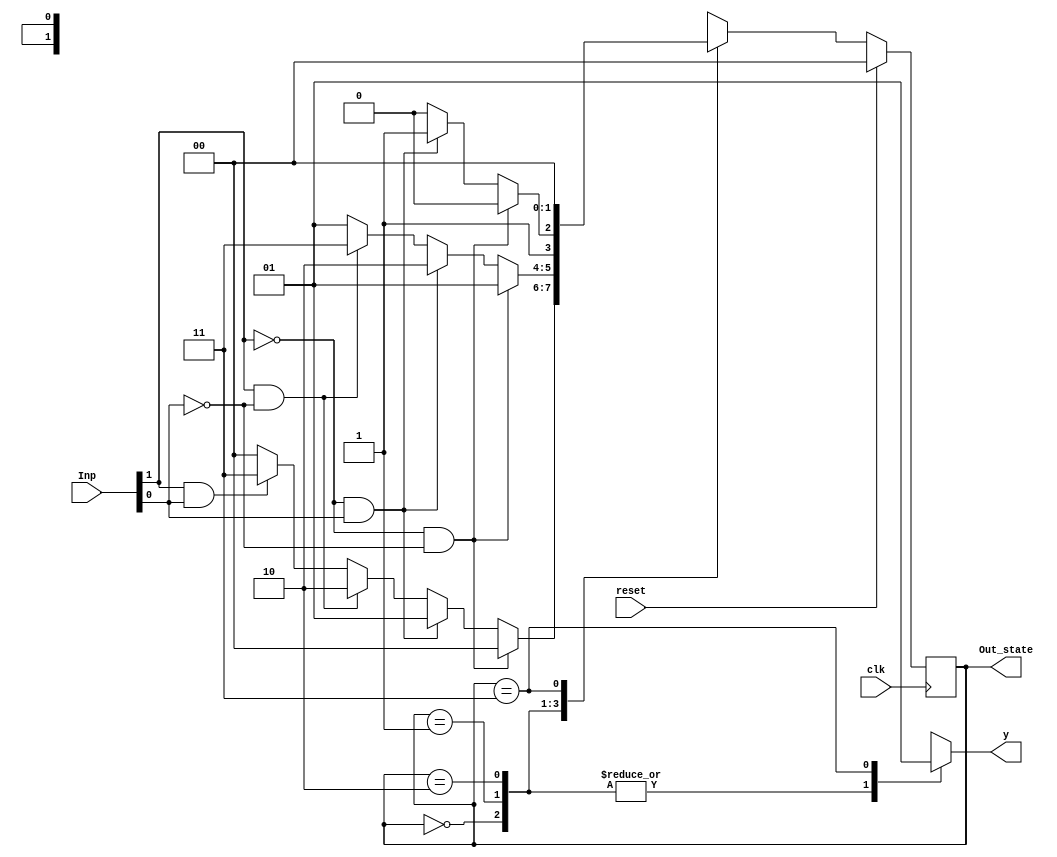
`timescale 1ns / 1ps
//////////////////////////////////////////////////////////////////////////////////
// Company: 
// Engineer: 
// 
// Design Name: 
// Module Name:    MOOREMACHINE 
// Project Name: 
// Target Devices: 
// Tool versions: 
// Description: 
//
// Dependencies: 
//
// Revision: 
// Revision 0.01 - File Created
// Additional Comments: 
//
//////////////////////////////////////////////////////////////////////////////////
module MOOREMACHINE(
	input [1:0] Inp, //Dime Nickel
	input reset,
	input clk,
	output [1:0] Out_state,
	output y
    );
localparam State1 = 0, State2 = 1,
			  State3 = 2, State4 = 3;

reg [1:0] state, nxtState;
reg Out;

always@(posedge clk)
begin
	if (reset) state <= State1;
	else state <= nxtState; //at positive edge it will shift to current state depending on the case
end

always@(*)
begin
	//nxtState = state;
	case (state)
	State1: begin
	if (~Inp[1] & ~Inp[0]) nxtState <= State1;
	else if (~Inp[1] & Inp[0]) nxtState <= State2;
	else if (Inp[1] & ~Inp[0]) nxtState <= State3;
	else if (Inp[1] & Inp[0]) nxtState <= State4;
	else nxtState <= State1; //for don't care case
	end
	
	State2: begin
	if (~Inp[1] & ~Inp[0]) nxtState <= State2;
	else if (~Inp[1] & Inp[0]) nxtState <= State3;
	else if (Inp[1] & ~Inp[0]) nxtState <= State4;
	else nxtState <= State2; //for don't care case
	end
	
	State3: begin
	if (~Inp[1] & ~Inp[0]) nxtState <= State3;
	else if (~Inp[1] & Inp[0]) nxtState <= State4;
	else nxtState <= State3; //for don't care case
	end
	
	State4: begin
	nxtState <= State1;
	end
	default: begin
	end
	endcase
end

always@(*)
begin
Out <= 0;
	case(state)
	State1: Out <= 0;
	State2: Out <= 0;
	State3: Out <= 0;
	State4: Out <= 1;
	default: Out <= 0;
	endcase
end

assign y = Out;
assign Out_state = state; 
endmodule